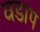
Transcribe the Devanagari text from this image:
वडाप